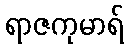
ရာဇကုမာရ်